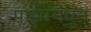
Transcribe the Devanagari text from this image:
पाईपमधून